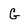
Character: G